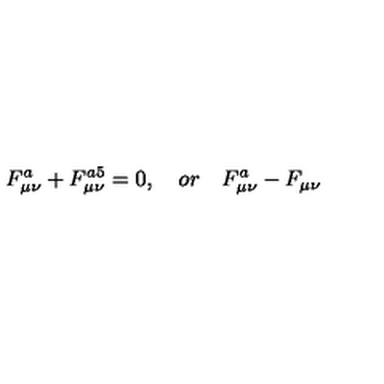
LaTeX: F _ { \mu \nu } ^ { a } + F _ { \mu \nu } ^ { a 5 } = 0 , \quad o r \quad F _ { \mu \nu } ^ { a } - F _ { \mu \nu }